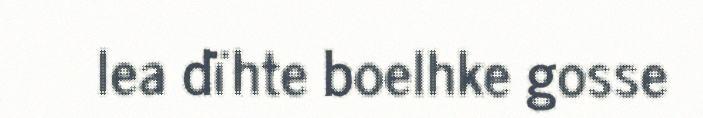
lea dïhte boelhke gosse